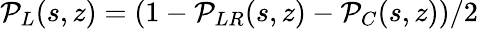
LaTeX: {\cal P}_{L}(s,z)=(1-{\cal P}_{LR}(s,z)-{\cal P}_{C}(s,z))/2